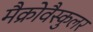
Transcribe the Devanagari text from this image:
मैक्रोवैस्कुलर